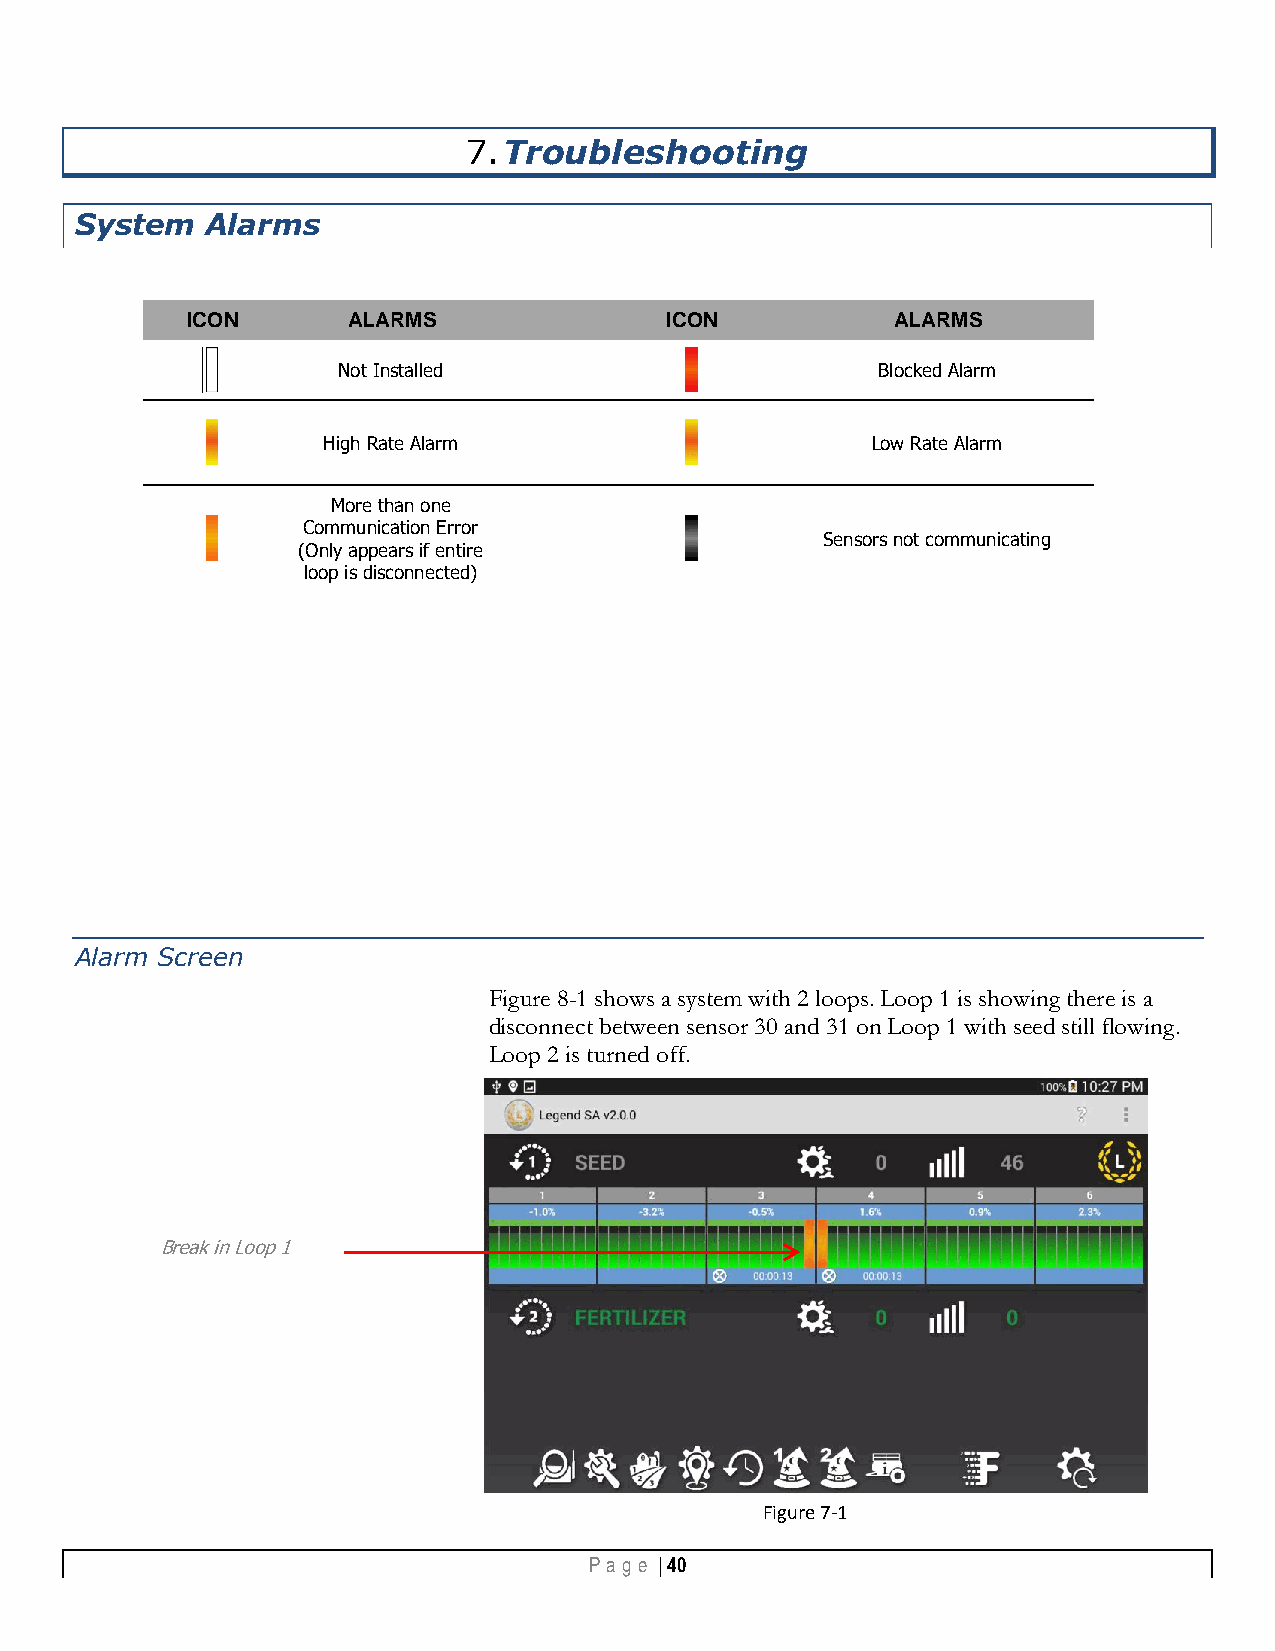
7. Troubleshooting
 System   Alarms
 ICON       ALARMS               ICON           ALARMS
 Not Installed                       Blocked Alarm
 High Rate Alarm                      Low Rate Alarm
 More than one
 Communication Error
 Sensors not communicating
 (Only appears if entire
 loop is disconnected)
 Alarm Screen
 Figure 8-1 shows a system with 2 loops. Loop 1 is showing there is a
 disconnect between sensor 30 and 31 on Loop 1 with seed still flowing.
 Loop 2 is turned off.
 Break in Loop 1
 Figure 7-1
 Pa g e | 40